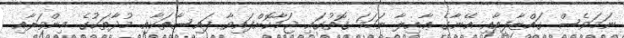
ނަމަވެސް ގައްޒާފީއާއި އޭނާގެ ޢާއިލާ ނަހަމަ ގޮތުގައި ޖަމާކޮށްފައިވާ ފައިސާތަކާއި މުދާތަކުގެ މިންވަރާއި